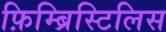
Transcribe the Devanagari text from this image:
फ़िम्ब्रिस्टिलिस